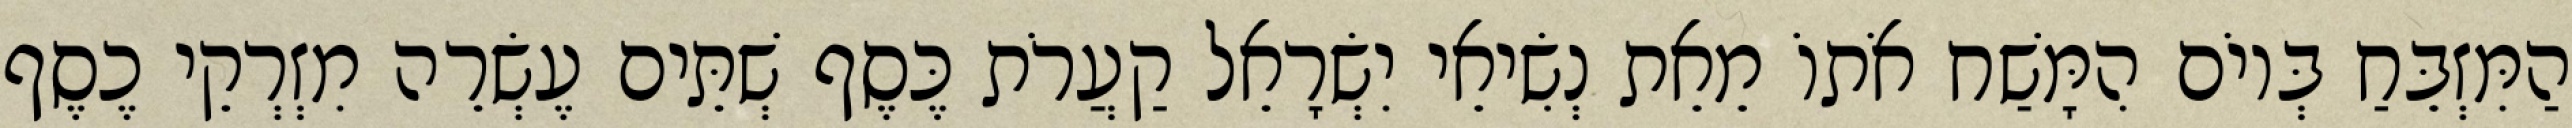
הַמִּזְבֵּחַ בְּיוֹם הִמָּשַׁח אֹתוֹ מֵאֵת נְשִׂיאֵי יִשְׂרָאֵל קַעֲרֹת כֶּסֶף שְׁתֵּים עֶשְׂרֵה מִזְרְקֵי כֶסֶף